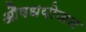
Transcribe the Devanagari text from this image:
औषधयोजन